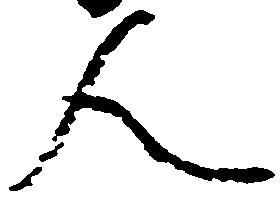
人